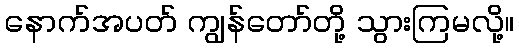
နောက်အပတ် ကျွန်တော်တို့ သွားကြမလို့။